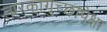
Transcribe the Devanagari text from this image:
तारकागुच्छापेक्षा